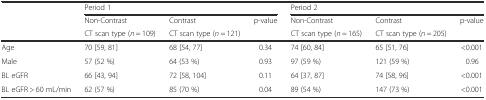
<table><thead><tr><td></td><td colspan="3"><b>Period 1</b></td><td colspan="3"><b>Period 2</b></td></tr><tr><td></td><td><b>Non-Contrast</b></td><td><b>Contrast</b></td><td><b>p-value</b></td><td><b>Non-Contrast</b></td><td><b>Contrast</b></td><td><b>p-value</b></td></tr><tr><td></td><td><b>CT scan type (<i>n</i> = 109)</b></td><td><b>CT scan type (<i>n</i> = 121)</b></td><td></td><td><b>CT scan type (<i>n</i> = 165)</b></td><td><b>CT scan type (<i>n</i> = 205)</b></td><td></td></tr></thead><tbody><tr><td>Age</td><td>70 [59, 81]</td><td>68 [54, 77]</td><td>0.34</td><td>74 [60, 84]</td><td>65 [51, 76]</td><td>&lt;0.001</td></tr><tr><td>Male</td><td>57 (52 %)</td><td>64 (53 %)</td><td>0.93</td><td>97 (59 %)</td><td>121 (59 %)</td><td>0.96</td></tr><tr><td>BL eGFR</td><td>66 [43, 94]</td><td>72 [58, 104]</td><td>0.11</td><td>64 [37, 87]</td><td>74 [58, 96]</td><td>&lt;0.001</td></tr><tr><td>BL eGFR &gt; 60 mL/min</td><td>62 (57 %)</td><td>85 (70 %)</td><td>0.04</td><td>89 (54 %)</td><td>147 (73 %)</td><td>&lt;0.001</td></tr></tbody></table>